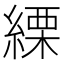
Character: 𦃊